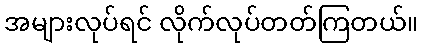
အများလုပ်ရင် လိုက်လုပ်တတ်ကြတယ်။